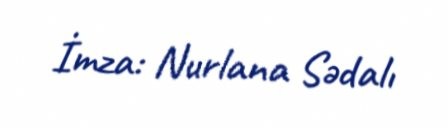
İmza: Nurlana Sədalı